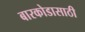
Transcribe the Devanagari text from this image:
बारकोडासाठी